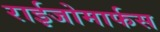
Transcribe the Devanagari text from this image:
राईजोमार्फस